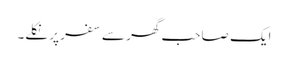
ایک صاحب گھر سے سفر پر نکلے۔